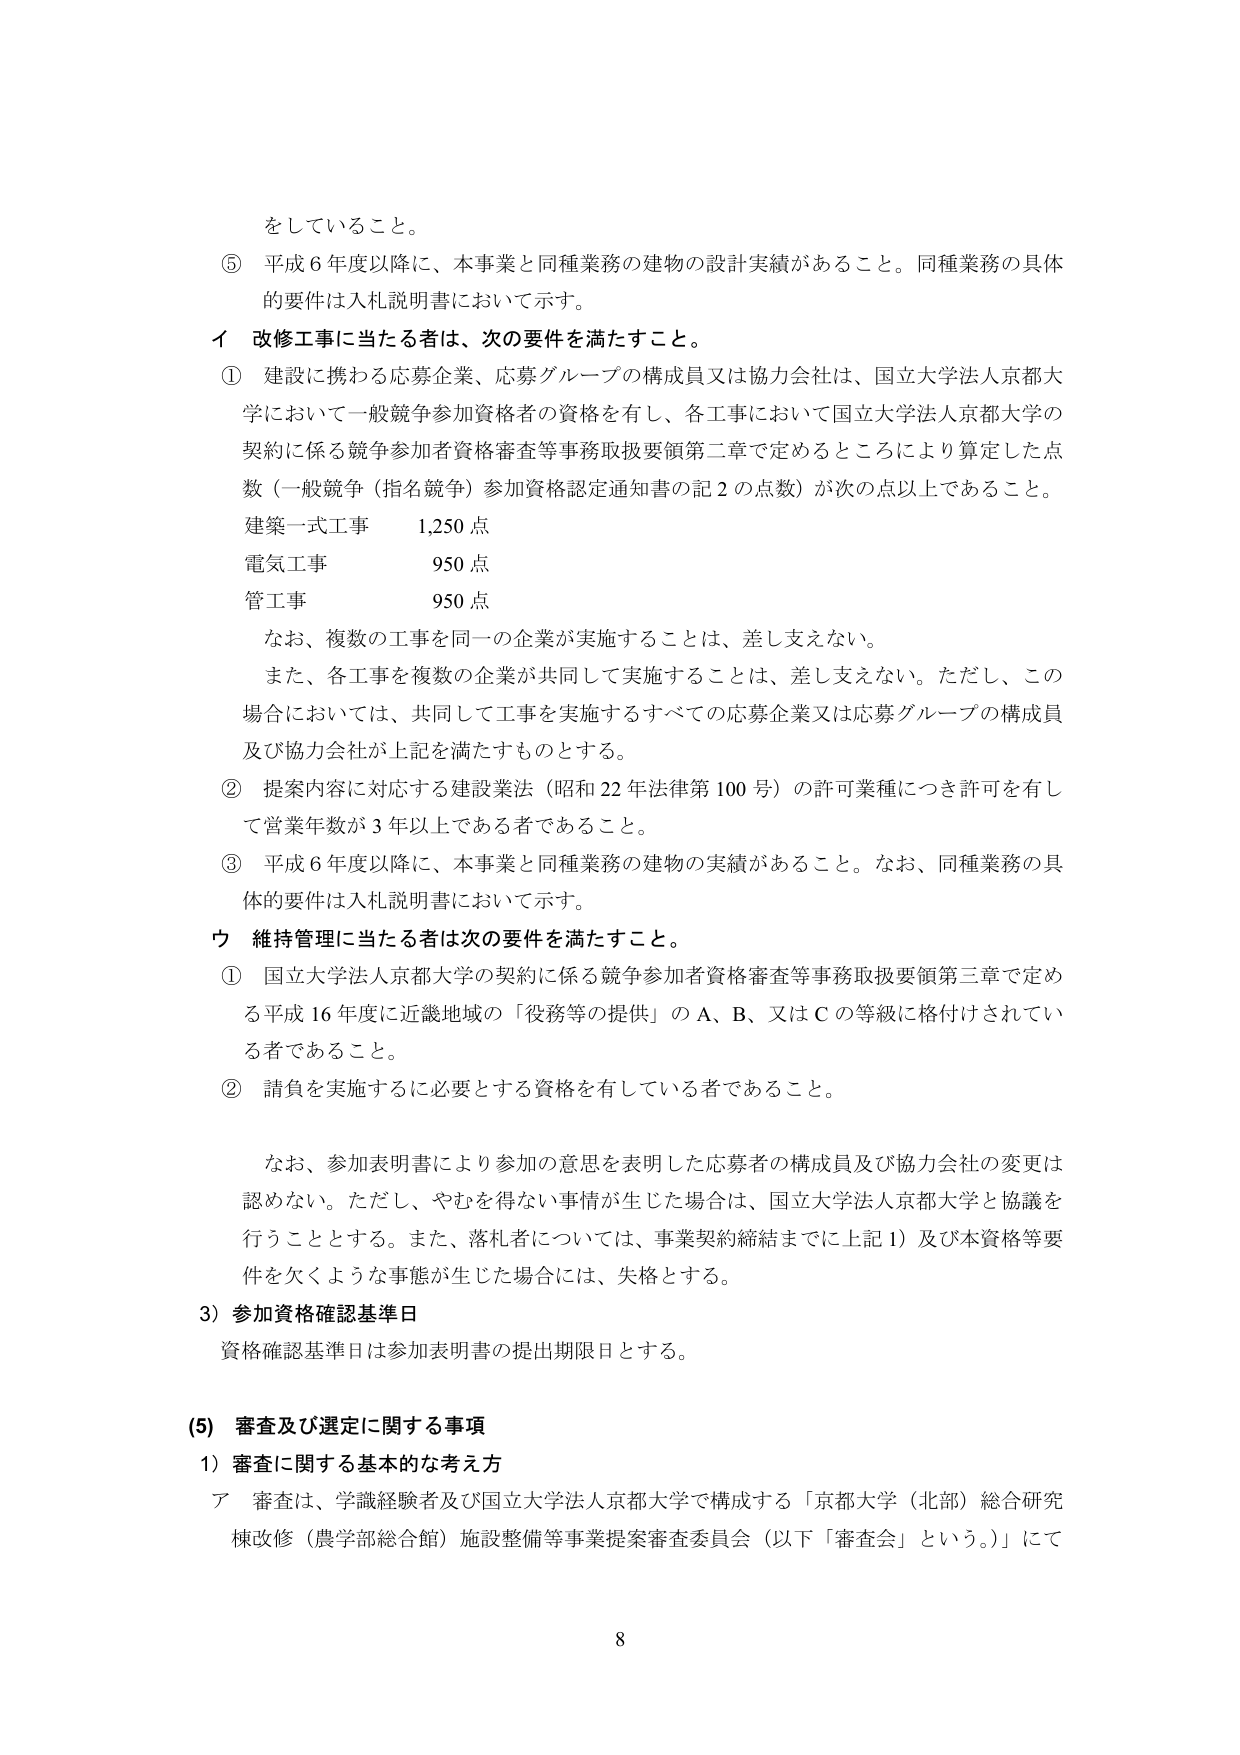
をしていること。

⑤ 平成６年度以降に、本事業と同種業務の建物の設計実績があること。同種業務の具体的要件は入札説明書において示す。

イ 改修工事に当たる者は、次の要件を満たすこと。

① 建設に携わる応募企業、応募グループの構成員又は協力会社は、国立大学法人京都大学において一般競争参加資格者の資格を有し、各工事において国立大学法人京都大学の契約に係る競争参加者資格審査等事務取扱要領第二章で定めるところにより算定した点数（一般競争（指名競争）参加資格認定通知書の記２の点数）が次の点以上であること。

建築一式工事　　1,250点
電気工事　　　　950点
管工事　　　　950点

なお、複数の工事を同一の企業が実施することは、差し支えない。

また、各工事を複数の企業が共同して実施することは、差し支えない。ただし、この場合においては、共同して工事を実施するすべての応募企業又は応募グループの構成員及び協力会社が上記を満たすものとする。

② 提案内容に対応する建設業法（昭和22年法律第100号）の許可業種につき許可を有して営業年数が3年以上である者であること。

③ 平成６年度以降に、本事業と同種業務の建物の実績があること。なお、同種業務の具体的要件は入札説明書において示す。

ウ 維持管理に当たる者は次の要件を満たすこと。

① 国立大学法人京都大学の契約に係る競争参加者資格審査等事務取扱要領第三章で定める平成16年度に近畿地域の「役務等の提供」のＡ、Ｂ、又はＣの等級に格付けされている者であること。

② 請負を実施するに必要とする資格を有している者であること。

なお、参加表明書により参加の意思を表明した応募者の構成員及び協力会社の変更は認めない。ただし、やむを得ない事情が生じた場合は、国立大学法人京都大学と協議を行うこととする。また、落札者については、事業契約締結までに上記①及び本資格等要件を欠くような事態が生じた場合には、失格とする。

3）参加資格確認基準日
資格確認基準日は参加表明書の提出期限日とする。

(5) 審査及び選定に関する事項
1）審査に関する基本的な考え方
ア 審査は、学識経験者及び国立大学法人京都大学で構成する「京都大学（北部）総合研究棟改修（農学部総合館）施設整備等事業提案審査委員会（以下「審査会」という。）」にて

8